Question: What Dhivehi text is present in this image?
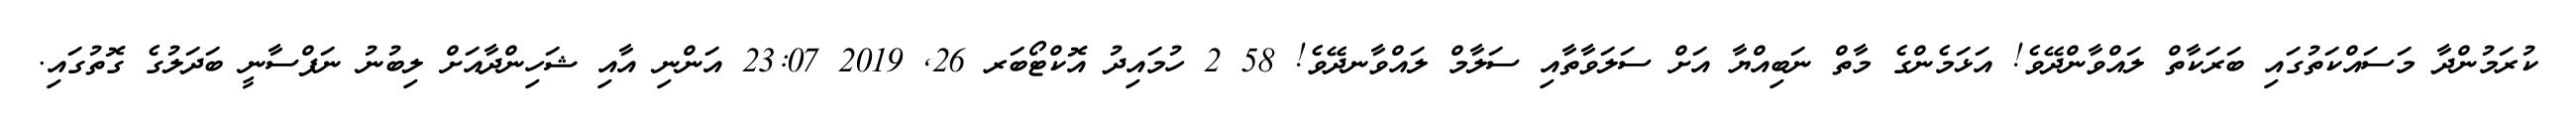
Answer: ކުރަމުންދާ މަސައްކަތުގައި ބަރަކާތް ލައްވާންދޭވެ! އަޅަމެންގެ މާތް ނަބިއްޔާ އަށް ސަލަވާތާއި ސަލާމް ލައްވާނދޭވެ! 58 2 ހުމައިދު އޮކްޓޯބަރ 26, 2019 23:07 އަންނި އާއި ޝަހިންދާއަށް ލިބުނު ނަފްސާނީ ބަދަލުގެ ގޮތުގައި.